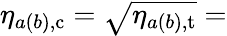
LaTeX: \eta_{a(b),\mathrm{c}}=\sqrt{\eta_{a(b),\mathrm{t}}}=